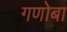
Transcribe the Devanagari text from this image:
गणोबा